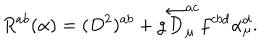
LaTeX: R ^ { a b } ( { \alpha } ) = ( D ^ { 2 } ) ^ { a b } + g \overleftarrow { D } _ { \mu } ^ { a c } f ^ { c b d } \alpha _ { \mu } ^ { d } .